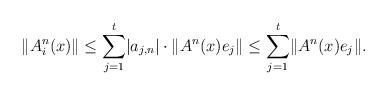
LaTeX: \begin{align*}\lVert A_i^n(x)\rVert \le \sum_{j=1}^t \lvert a_{j,n}\rvert \cdot \lVert A^n(x)e_j\rVert \le \sum_{j=1}^t \lVert A^n(x)e_j\rVert.\end{align*}